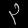
Digit: ၃